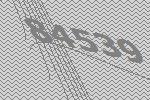
84539